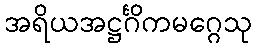
အရိယအဋ္ဌင်္ဂိကမဂ္ဂေသု